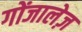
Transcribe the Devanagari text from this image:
गोंजालेज़